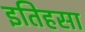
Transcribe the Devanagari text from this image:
इतिहसा